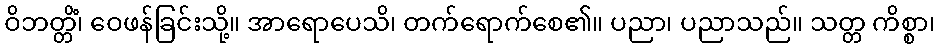
ဝိဘတ္တိံ၊ ဝေဖန်ခြင်းသို့။ အာရောပေသိ၊ တက်ရောက်စေ၏။ ပညာ၊ ပညာသည်။ သတ္တ ကိစ္စာ၊